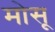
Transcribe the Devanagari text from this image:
मोसू